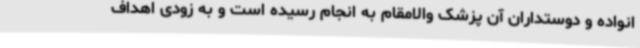
انواده و دوستداران آن پزشک والامقام به انجام رسیده است و به زودی اهداف